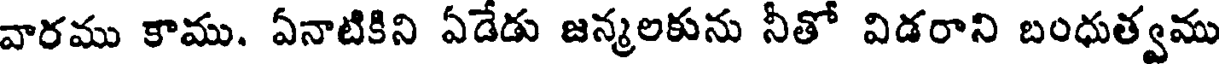
వారము కాము. ఏనాటికిని ఏడేడు జన్మలకును నీతో విడరాని బంధుత్వము